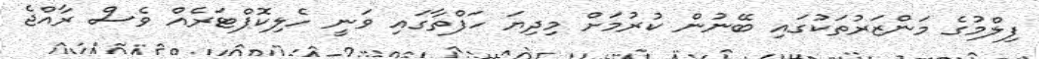
ފިލްމުގެ މަންޒަރުތަކުގައި ބޭނުން ކުރުމަށް މިދިޔަ ހަފްތާގައި ވަނީ ހެލިކޮޕްޓަރެއް ވެސް ރާއްޖެ